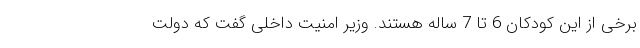
برخی از این کودکان 6 تا 7 ساله هستند. وزیر امنیت داخلی گفت که دولت